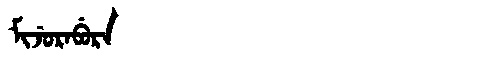
Manchu: ᠮᡳᠵᡠᡵᠠᠪᡠᡵᠠ
Romanization: MIJURABURA